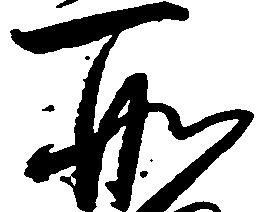
所